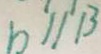
b / / B